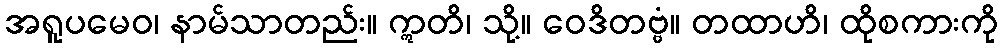
အရူပမေဝ၊ နာမ်သာတည်း။ ဣတိ၊ သို့။ ဝေဒိတဗ္ဗံ။ တထာဟိ၊ ထိုစကားကို